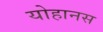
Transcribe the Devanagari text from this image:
योहानस